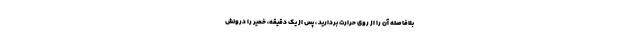
بلافاصله آن را از روی حرارت بردارید ، پس از یک دقیقه، خمیر را درونش